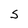
Character: S